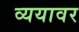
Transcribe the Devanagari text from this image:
व्ययावर